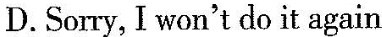
D.Sorry, I won't do it again